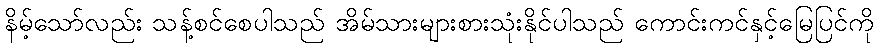
နိမ့်သော်လည်း သန့်စင်စေပါသည် အိမ်သားများစားသုံးနိုင်ပါသည် ကောင်းကင်နှင့်မြေပြင်ကို